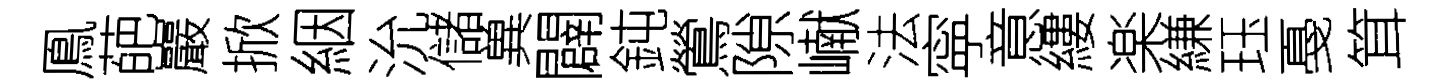
鳯葩巖掀絪沇儲兾闢鈍鶯隙𪩘法寜意縷楽縑珏戞䇯